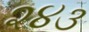
૨૪૩